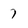
Character: 7